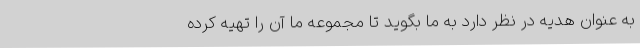
به عنوان هدیه در نظر دارد به ما بگوید تا مجموعه ما آن را تهیه کرده